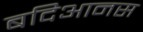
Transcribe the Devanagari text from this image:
बदिआनस